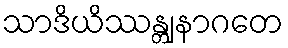
သာဒိယိဿန္တျနာဂတေ